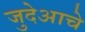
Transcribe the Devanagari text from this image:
जुदेआचे